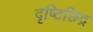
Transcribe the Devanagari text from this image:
दृष्टिछिद्र